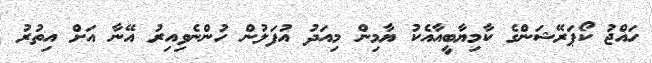
ހައްޖު ކޯޕަރޭޝަންގެ ކާމިޔާބީއާއެކު ޔާމިން މިއަދު އުފަލުން ހުންނެވިއިރު އޭނާ އަށް އިތުރު